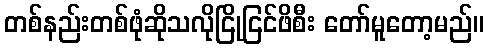
တစ်နည်းတစ်ဖုံဆိုသလိုငြိုငြင်ဖိစီး တော်မူတော့မည်။